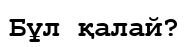
Бұл қалай?